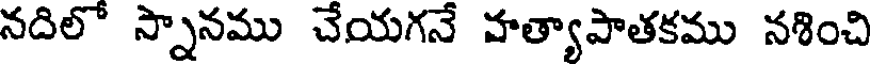
నదిలో స్నానము చేయగనే హత్యాపాతకము నశించి